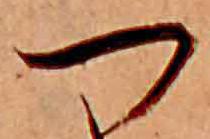
つ